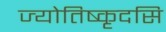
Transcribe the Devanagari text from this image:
ज्योतिष्कृदसि